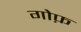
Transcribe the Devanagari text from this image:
गोफ़